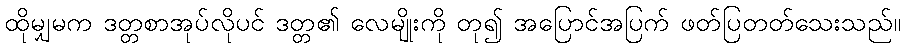
ထိုမျှမက ဒတ္တစာအုပ်လိုပင် ဒတ္တ၏ လေမျိုးကို တု၍ အပြောင်အပြက် ဖတ်ပြတတ်သေးသည်။